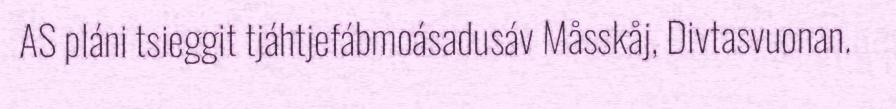
AS pláni tsieggit tjáhtjefábmoásadusáv Måsskåj, Divtasvuonan.